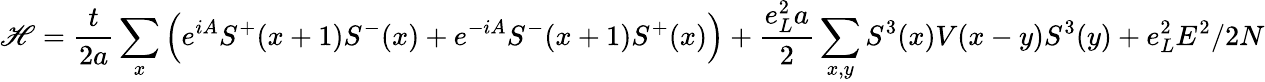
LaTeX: \mathscr{H}=\frac{{t}}{{2a}}\sum_{x}\left(e^{iA}S^{+}(x+1)S^{-}(x)+e^{-iA}S^{-}(x+1)S^{+}(x)\right)+\frac{{e_{L}^{2}a}}{{2}}\sum_{x,y}S^{3}(x)V(x-y)S^{3}(y)+e_{L}^{2}E^{2}/2N